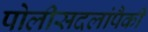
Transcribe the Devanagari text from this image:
पोलीसदलांपैकी